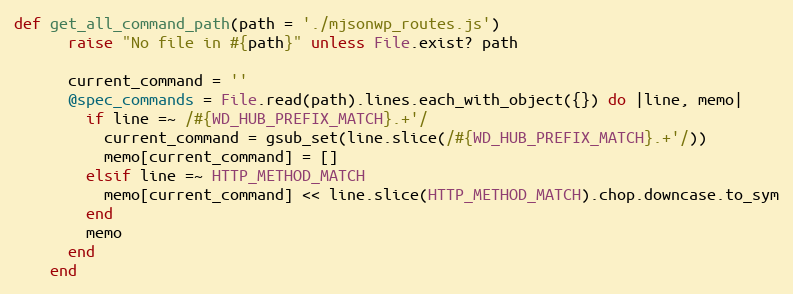
Language: Ruby
def get_all_command_path(path = './mjsonwp_routes.js')
      raise "No file in #{path}" unless File.exist? path

      current_command = ''
      @spec_commands = File.read(path).lines.each_with_object({}) do |line, memo|
        if line =~ /#{WD_HUB_PREFIX_MATCH}.+'/
          current_command = gsub_set(line.slice(/#{WD_HUB_PREFIX_MATCH}.+'/))
          memo[current_command] = []
        elsif line =~ HTTP_METHOD_MATCH
          memo[current_command] << line.slice(HTTP_METHOD_MATCH).chop.downcase.to_sym
        end
        memo
      end
    end